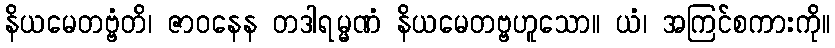
နိယမေတဗ္ဗံတိ၊ ဇာဝနေန တဒါရမ္မဏံ နိယမေတဗ္ဗဟူသော။ ယံ၊ အကြင်စကားကို။